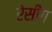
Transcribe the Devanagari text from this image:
रेसींग